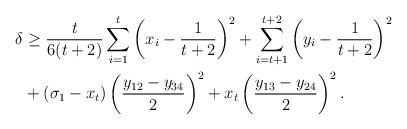
LaTeX: \begin{align*}\delta& \ge \frac{t}{6(t+2)}\sum_{i=1}^{t}\left(x_i-\frac{1}{t+2}\right)^2+\sum_{i=t+1}^{t+2}\left(y_i-\frac{1}{t+2}\right)^2 \\& + (\sigma_1-x_{t})\left(\frac{y_{12}-y_{34}}{2}\right)^2+x_{t}\left(\frac{y_{13}-y_{24}}{2}\right)^2.\end{align*}